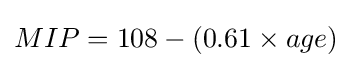
MIP=108-(0.61\times age)